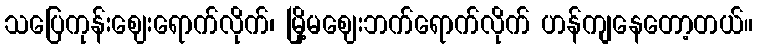
သပြေကုန်းဈေးရောက်လိုက်၊ မြို့မဈေးဘက်ရောက်လိုက် ဟန်ကျနေတော့တယ်။